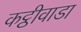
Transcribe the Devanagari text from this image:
कट्ठीवाडा